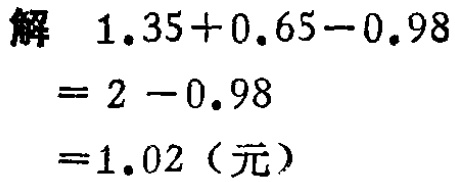
解 \(1.35 + 0.65 - 0.98\)

\(= 2 - 0.98\)

\(= 1.02\)（元）